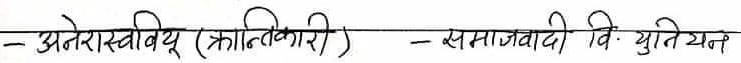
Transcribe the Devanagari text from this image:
- अनेरास्ववियू (क्रान्तिकारी) - समाजवादी वि. युनियन